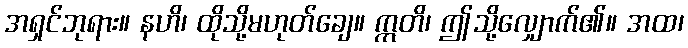
အရှင်ဘုရား။ နဟိ၊ ထိုသို့မဟုတ်ချေ။ ဣတိ၊ ဤသို့လျှောက်၏။ အထ၊